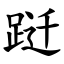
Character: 跹